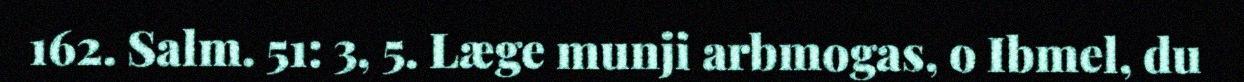
162. Salm. 51: 3, 5. Læge munji arbmogas, o Ibmel, du